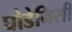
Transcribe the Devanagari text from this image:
घोडेनिसीं